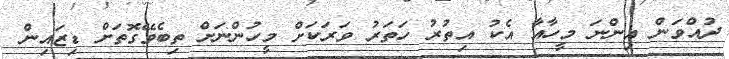
ދުއްވަން އިންނަ މީހާއާ އެކު އިތުރު ހަތަރު ވަރަކަށް މީހުންނަށް ތިބެވޭގޮތަށް ޑިޒައިން